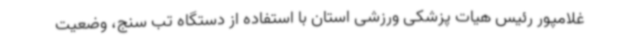
غلامپور رئیس هیات پزشکی ورزشی استان با استفاده از دستگاه تب سنج، وضعیت